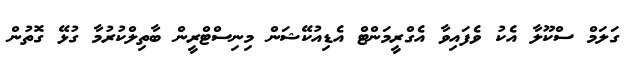
ގަލަމް ސްކޫލާ އެކު ވެފައިވާ އެގްރީމަންޓް އެޑިއުކޭޝަން މިނިސްޓްރީން ބާތިލްކުރުމާ ގުޅޭ ގޮތުން